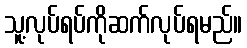
သူ့လုပ်ရပ်ကိုဆက်လုပ်ရမည်။